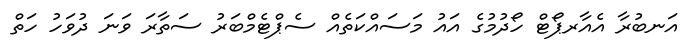
އަނބުރާ އެއާރޕޯޓް ހޯދުމުގެ އައު މަސައްކަތެއް ސެޕްޓެމްބަރު ސަތާރަ ވަނަ ދުވަހު ހަތް